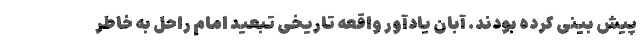
پیش بینی کرده بودند. آبان یادآور واقعه تاریخی تبعید امام راحل به خاطر